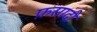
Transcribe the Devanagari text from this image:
फ़सादी